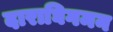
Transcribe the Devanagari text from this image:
दाराघिगमन